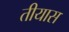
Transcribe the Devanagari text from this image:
तीयास